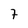
Character: 7